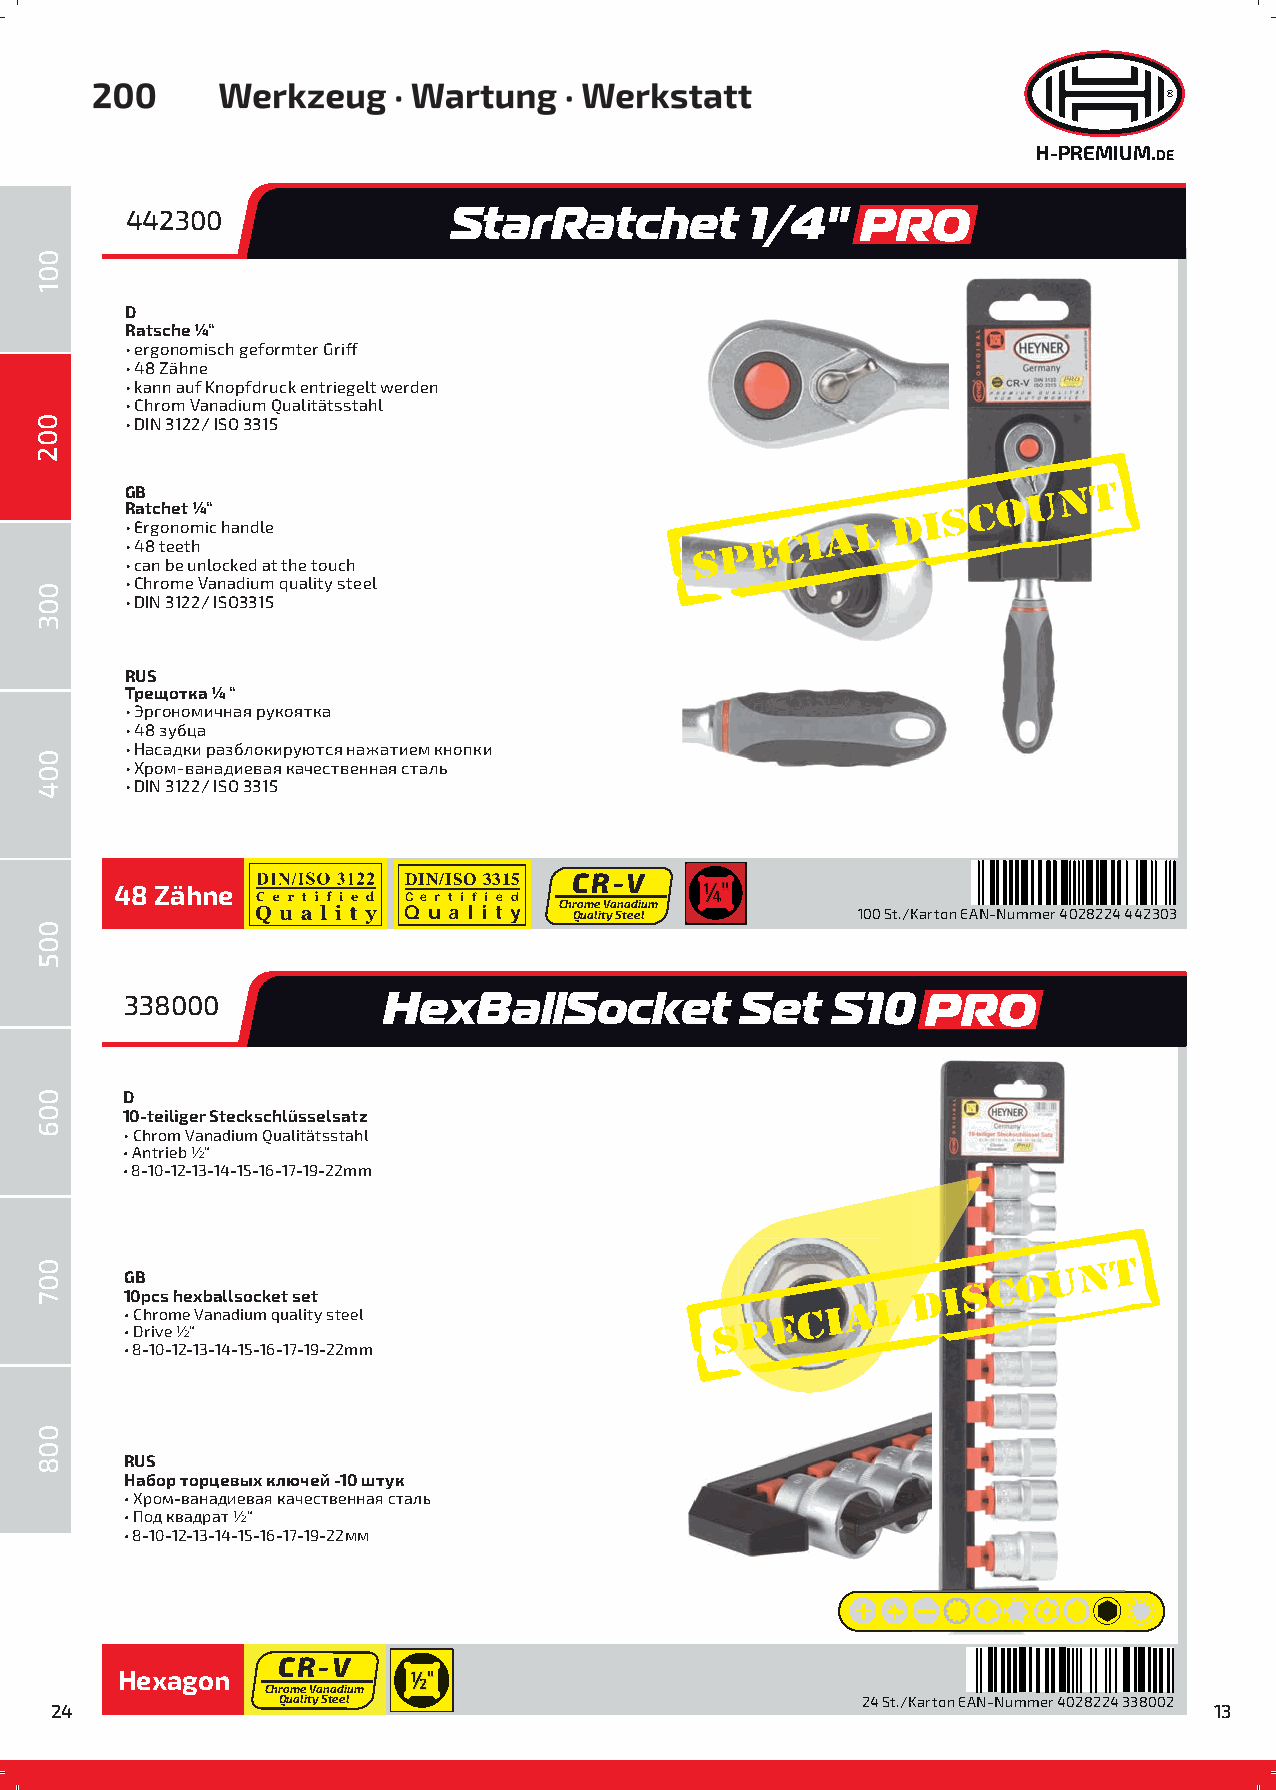
H-PREMIUM.DE
 442300                StarRatchet         1/4"   PRO
 D
 Ratsche ¼“
 • ergonomisch geformter Griff
 • 48 Zähne
 • kann auf Knopfdruck entriegelt werden
 • Chrom Vanadium Qualitätsstahl
 • DIN 3122/ ISO 3315
 GB
 Ratchet ¼“
 • Ergonomic handle
 • 48 teeth
 • can be unlocked at the touch
 • Chrome Vanadium quality steel
 • DIN 3122/ ISO3315
 RUS
 Трещотка ¼ “
 • Эргономичная рукоятка
 • 48 зубца
 • Насадки разблокируются нажатием кнопки
 • Хром-ванадиевая качественная сталь
 • DIN 3122/ ISO 3315
 CR-V
 DIN/ISO 3315
 48 Zähne           C e r t i f i e d Chrome Vanadium ¼¼¼¼¼¼""""""
 Q u a l i t y Quality Steel   100 St./Karton EAN-Nummer 4028224 442303
 338000           HexBallSocket           Set   S10   PRO
 D
 10-teiliger Steckschlüsselsatz
 • Chrom Vanadium Qualitätsstahl
 • Antrieb ½“
 • 8-10-12-13-14-15-16-17-19-22mm
 GB
 10pcs hexballsocket set
 • Chrome Vanadium quality steel
 • Drive ½“
 • 8-10-12-13-14-15-16-17-19-22mm
 RUS
 Набор торцевых ключей -10 штук
 • Хром-ванадиевая качественная сталь
 • Под квадрат ½“
 • 8-10-12-13-14-15-16-17-19-22мм
 CR-V
 Hexagon            ½½½½"""
 Chrome Vanadium
 Quality Steel                          24 St./Karton EAN-Nummer 4028224 338002
 24                                                                           13
 001
 001
 002
 003
 004
 005
 006
 007
 008